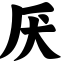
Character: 厌